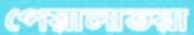
পেয়ালাভরা